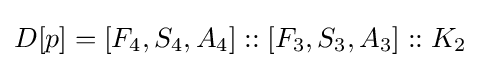
D[p]=[F_{4},S_{4},A_{4}]::[F_{3},S_{3},A_{3}]::K_{2}